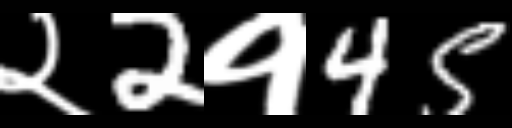
Text: २2१45